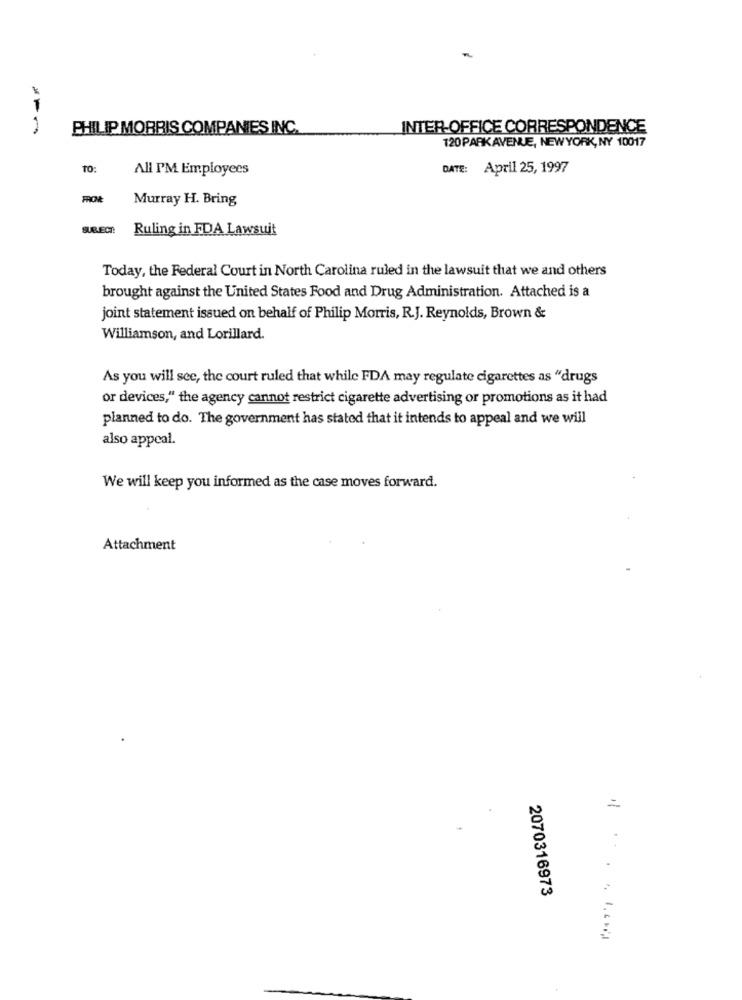
1
PHILIP MORRIS COMPANIES INC.
INTER-OFFICE CORRESPONDENCE
120 PARK AVENUE, NEWYORK, NY 10017
TO:
All PM Employees
DATE: April 25, 1997
FRON
Murray H. Bring
SUBJECT:
Ruling in FDA Lawsuit
Today, the Federal Court in North Carolina ruled in the lawsuit that we and others
brought against the United States Food and Drug Administration. Attached is a
joint statement issued on behalf of Philip Morris, R.J. Reynolds, Brown &
Williamson, and Lorillard.
As you will see, the court ruled that while FDA may regulate cigarettes as "drugs
or devices," the agency cannot restrict cigarette advertising or promotions as it had
planned to do. The government has stated that it intends to appeal and we will
also appeal.
We will keep you informed as the case moves forward.
Attachment
2070316973